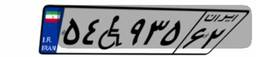
۵۴W۹۳۵۶۲